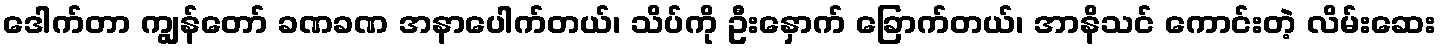
ဒေါက်တာ ကျွန်တော် ခဏခဏ အနာပေါက်တယ်၊ သိပ်ကို ဦးနှောက် ခြောက်တယ်၊ အာနိသင် ကောင်းတဲ့ လိမ်းဆေး